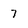
Character: 7